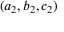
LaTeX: ( a _ { 2 } , b _ { 2 } , c _ { 2 } )